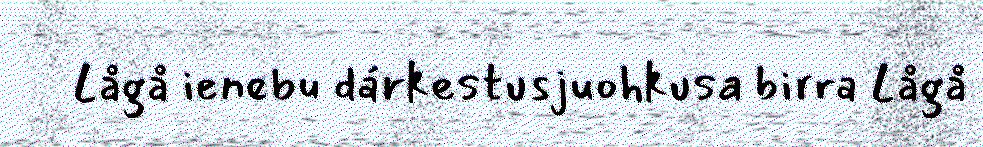
Lågå ienebu dárkestusjuohkusa birra Lågå